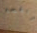
راقصه